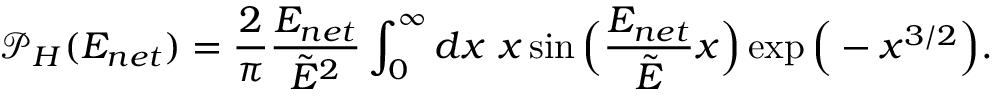
\mathcal { P } _ { H } ( E _ { n e t } ) = \frac { 2 } { \pi } \frac { E _ { n e t } } { \tilde { E } ^ { 2 } } \int _ { 0 } ^ { \infty } d x ~ x \sin { \Big ( \frac { E _ { n e t } } { \tilde { E } } x \Big ) } \exp { \Big ( - x ^ { 3 / 2 } \Big ) } .